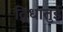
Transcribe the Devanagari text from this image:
द्विधातुई